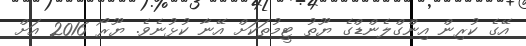
އޭގެ ކުރިން އިންގްލެންޑްގެ ޔޫތު ޓީމުތަކަށް އޭނާ ކުޅުނެވެ. ޔޫރޯ 2016 އަށް